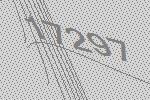
17297